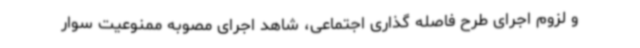
و لزوم اجرای طرح فاصله گذاری اجتماعی، شاهد اجرای مصوبه ممنوعیت سوار